65_HS1-834228961_62-HQ-83894_Section_8
Agency: FBI
Page 41
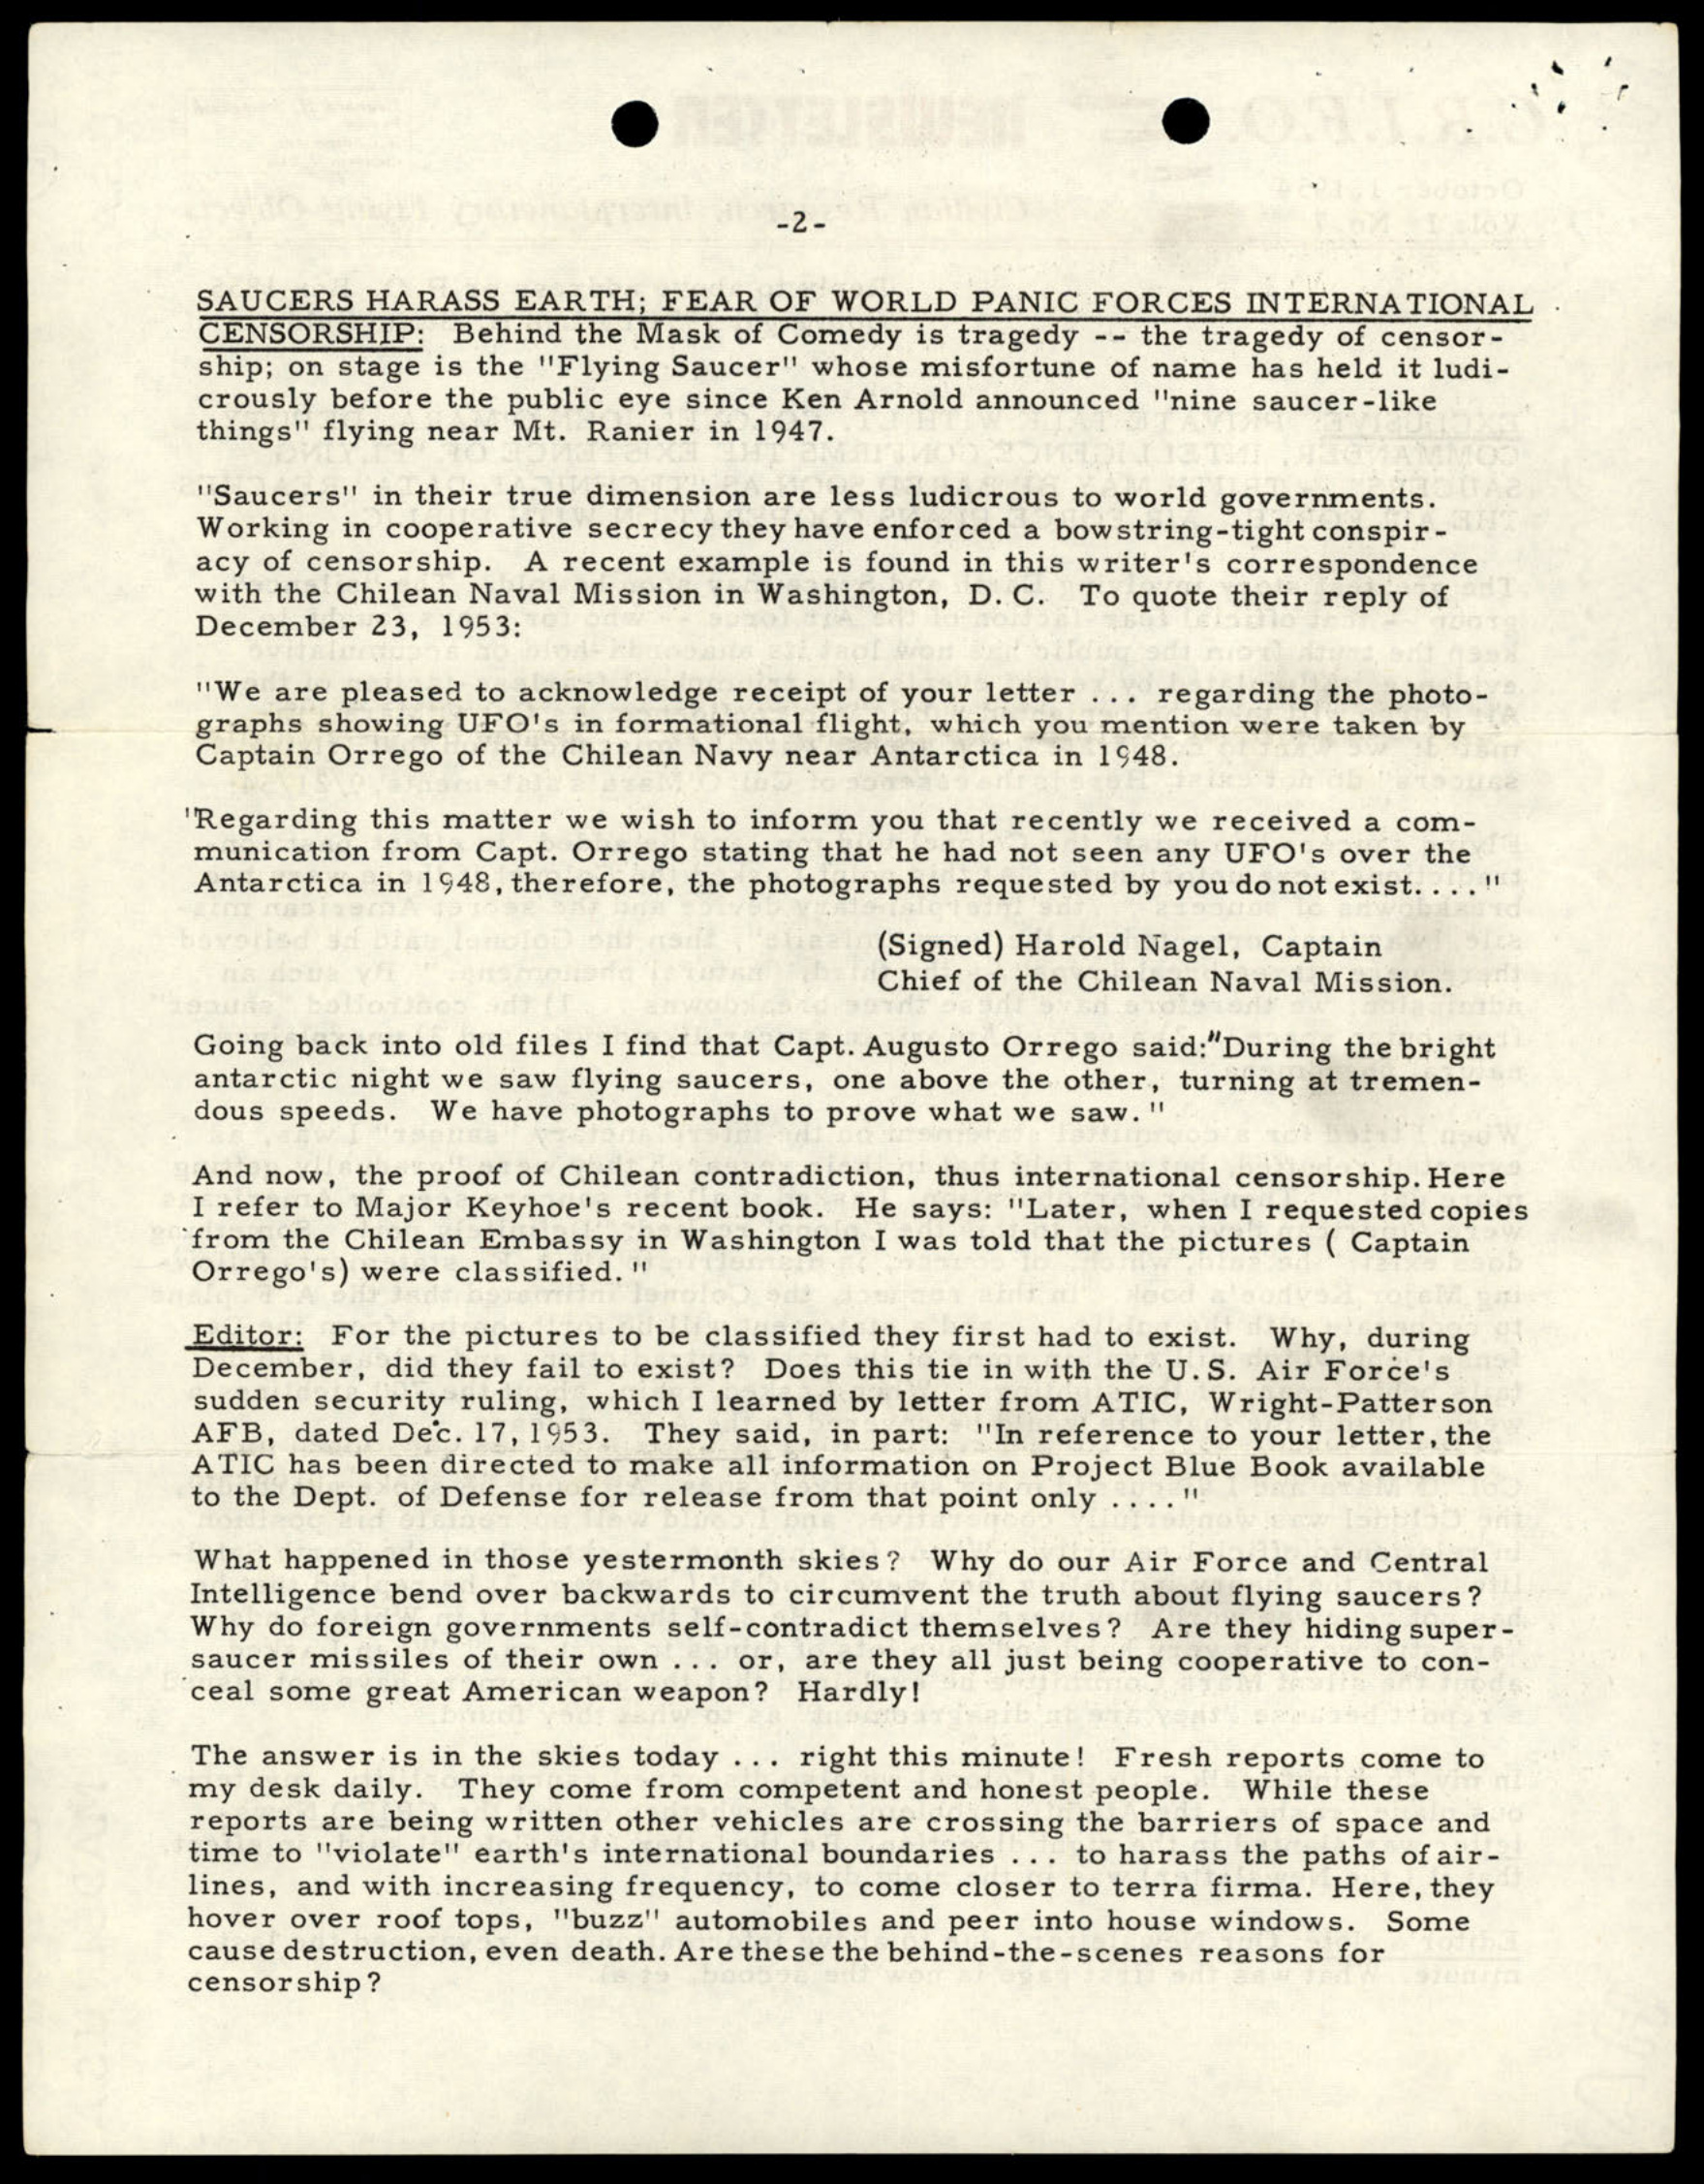